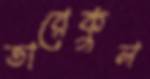
তারেকুল